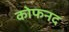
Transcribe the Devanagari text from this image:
कोफनद